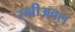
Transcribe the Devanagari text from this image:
रब्बीअवल